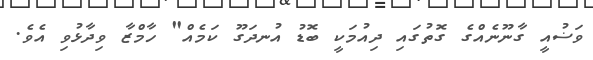
ވަޟުއީ ގާނޫނެއްގެ ގޮތުގައި ދިއުމަކީ ބޮޑު އުނދަގޫ ކަމެއް" ހާމްޒާ ވިދާޅުވި އެވެ.